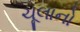
ચૂલાનો